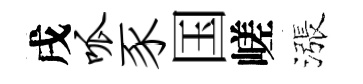
戌呱豕国嵯漲